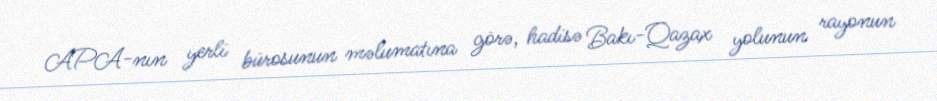
APA-nın yerli bürosunun məlumatına görə, hadisə Bakı-Qazax yolunun rayonun